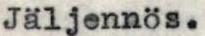
Jäljennös.